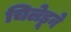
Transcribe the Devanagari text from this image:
चिलेडूने